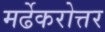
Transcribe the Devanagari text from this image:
मर्ढेकरोत्तर